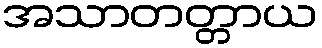
အသာတတ္တာယ